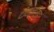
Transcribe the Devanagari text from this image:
दीवानसिंह